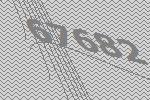
67682